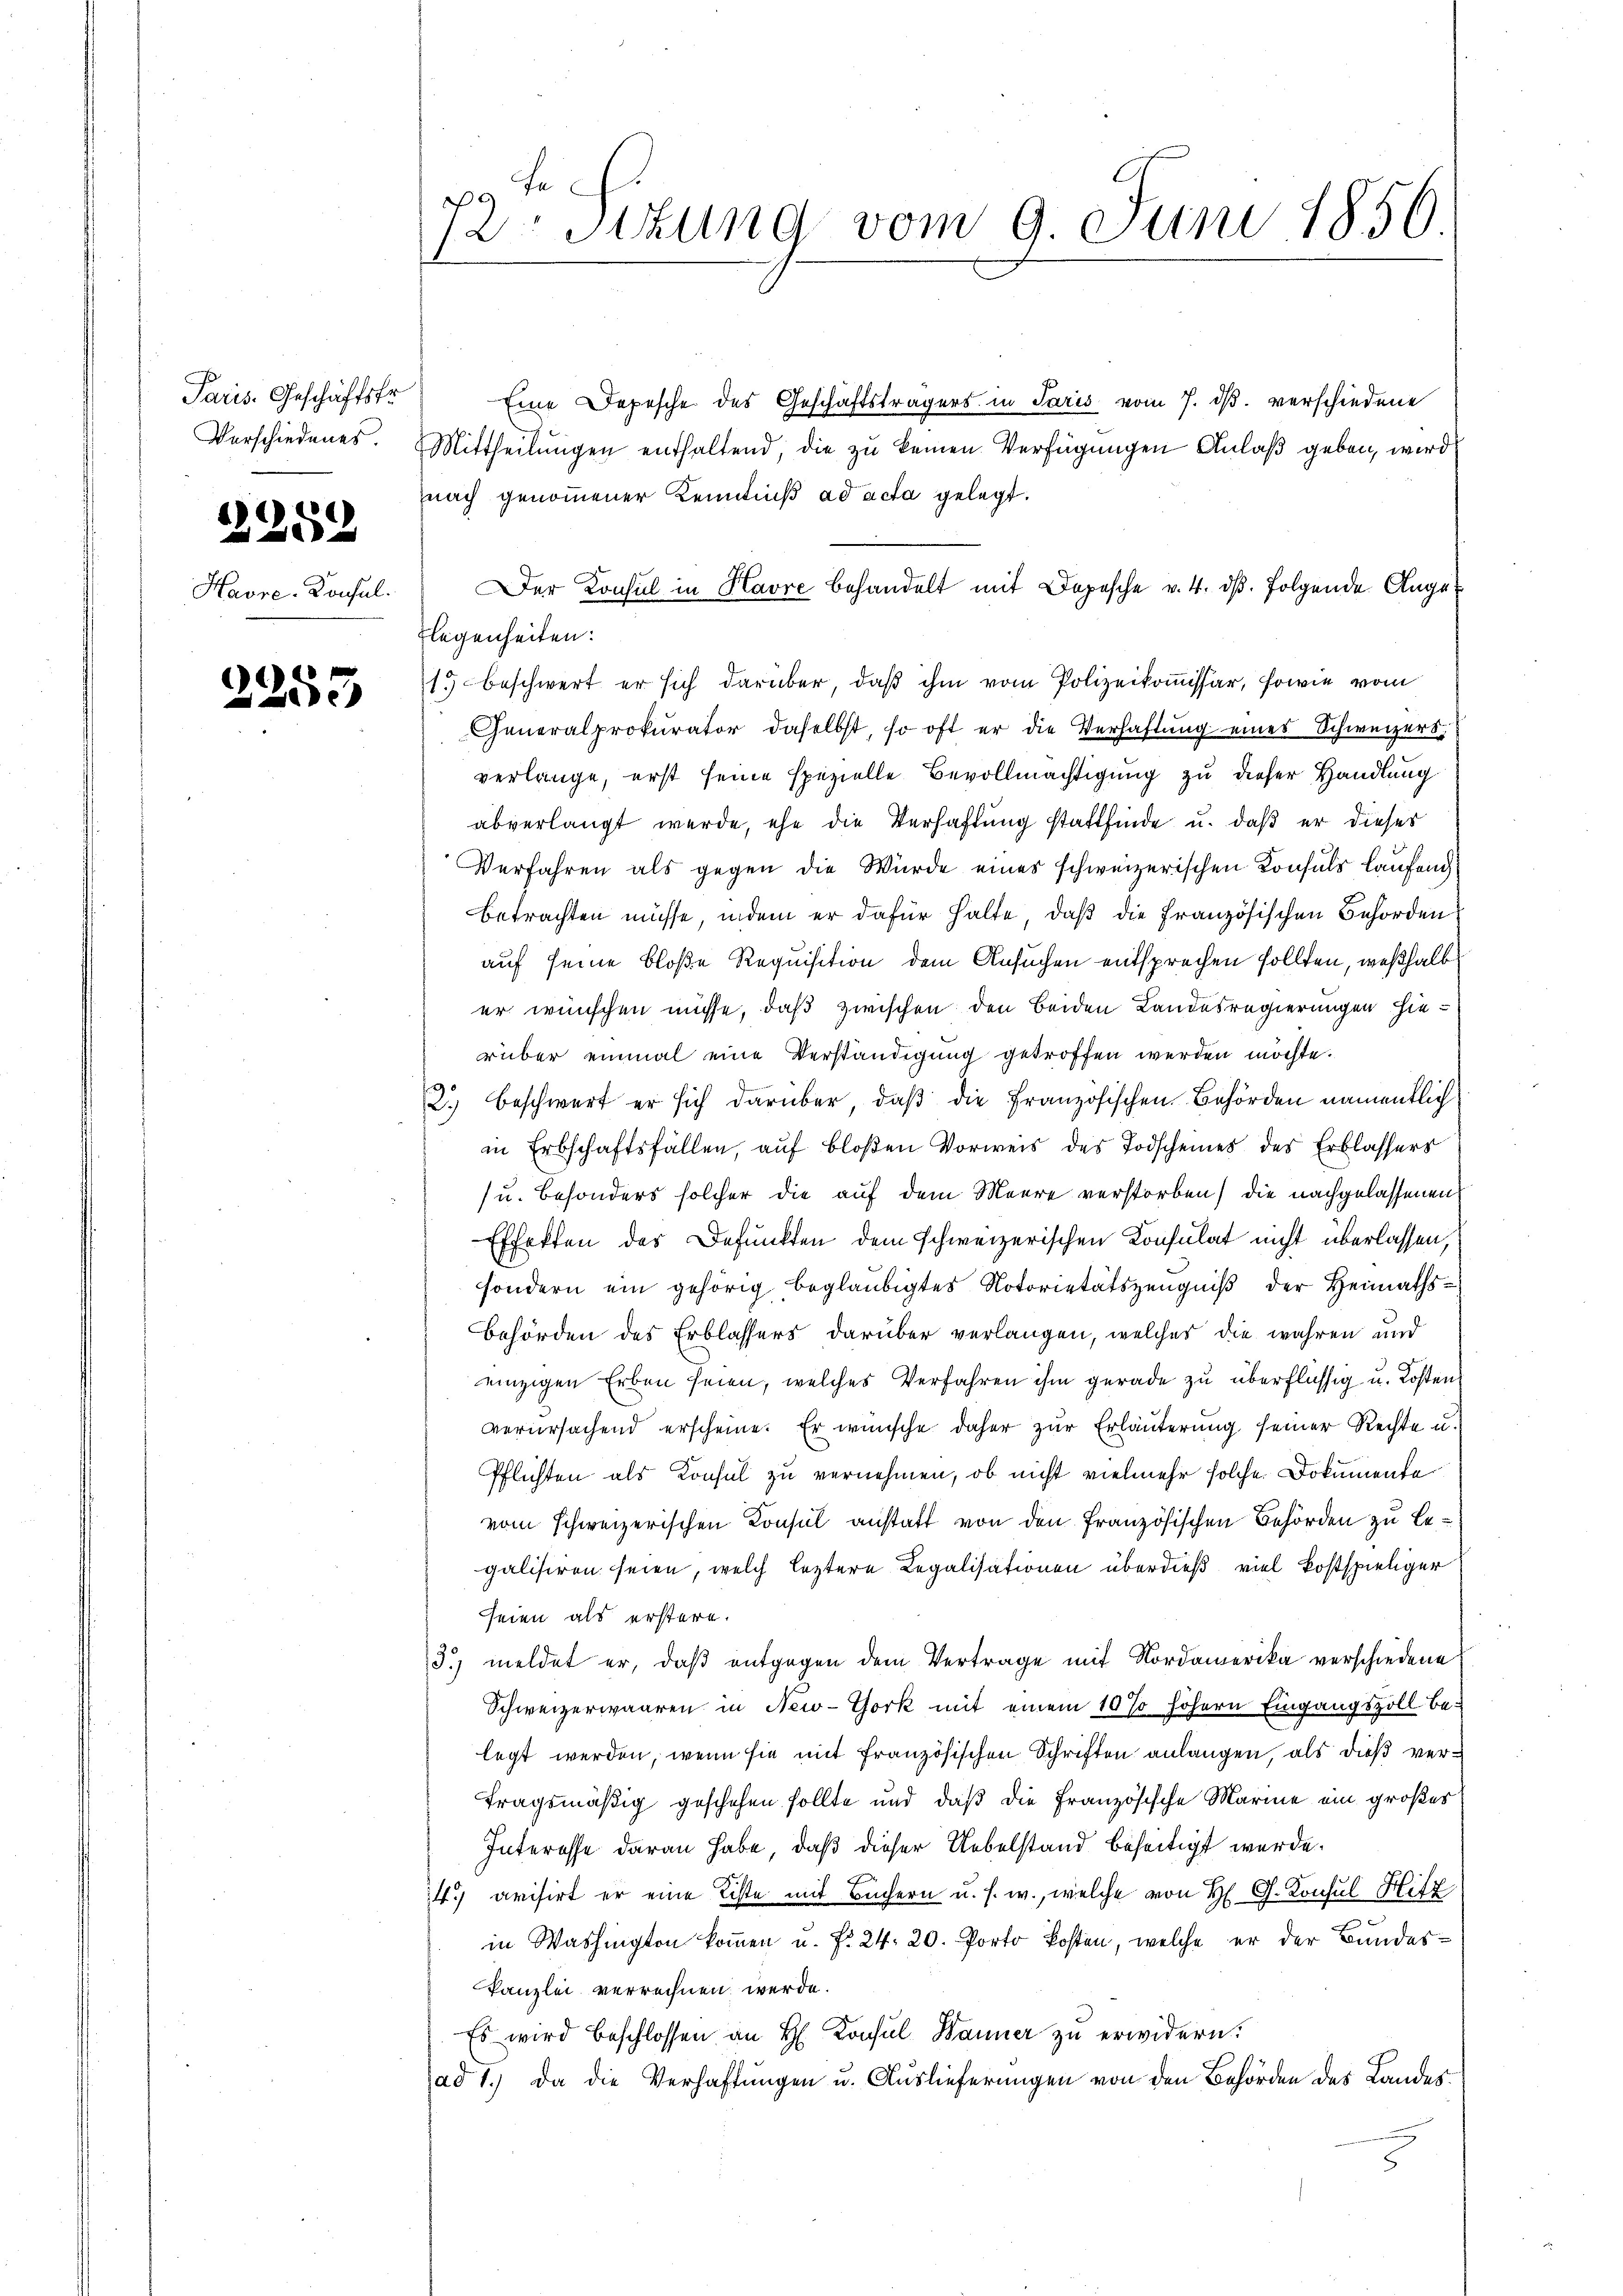
Paris. Geschäftsfr.

12252

Havre-Konsul

)
e

a
2r Sitzung vom 9. Juni 1856.

Eine Depesche des Geschäftsträgers in Paris vom 7. ds. verschiedene
Verschiedenes. Mittheilŭngen enthaltend, die zu keinen Verfügungen Anlaß geben, wird
nach genommener Kenntniß ad acta gelegt.
Der Konsul in Havre behandelt mit Depesche v. 4. dβ. folgende Ange¬
Flegenheiten:
15 beschwert er sich darüber, daß ihm vom Polizeikommissar, sowie vom
Generalprokurator daselbst, so oft er die Verhaftung eines Schweizers
verlange, erst seine spezielle Bevollmächtigung zu dieser Handlung
abverlangt werde, ehe die Verhaftung stattfinde u. daß er dieses
Verfahren als gegen die Würde eines schweizerischen Konsuls Laufend
betrachten müsse, indem er dafür halte, daß die Französischen Behörden
auf seine bloße Requisition dem Ansuchen entsprechen sollten, weßhalb
er wünschen müsse, daß zwischen den beiden Landesregierungen hierüber einmal eine Verständigung getroffen werden möchte.
2
2.) Beschwert er sich darüber, daß die französischen Behörden namentlich
in Erbschaftsfällen, auf bloßen Vorweis des Todscheines des Erblassers
(u. Besonders solcher die auf dem Meere verstorben) die nachgelassenen
Effekten des Defunkten dem schweizerischen Konsulat nicht überlassen,
sondern ein gehörig beglaubigtes Notorietätszeugniß der Heimaths¬
Behörden des Erblassers darüber verlangen, welches die wahren und
einzigen Erben seien, welches Verfahren ihm gerade zu überflüssig u. Kosten
verursachend erscheine. Er wünsche daher zŭr Erläuterung seiner Rechte u.
Pflichten als Konsul zu vernehmen, ob nicht vielmehr solche Dokumente
vom schweizerischen Konsul anstatt von den französischen Behörden zu begalisiren seien, welch leztere Legalisationen überdieß viel kostspieliger
seien als erstere.
3) meldet er, daß entgegen dem Vertrage mit Nordamerika verschiedene
Schweizerwaaren in New-York mit einem 10 % höhern Eingangszoll belegt werden, wenn sie mit französischen Schriften anlangen, als dieß vertragsmäßig geschehen sollte und daß die Französische Marine ein großes
Interesse daran habe, daß dieser Uebelstand beseitigt werde.
47 avisirt er eine Liste mit Büchern u. s. w., welche von H. G. Konsul Hitz
in Washington kommen u. f. 24. 20. Porto kosten, welche er der Bundeskanzlei verrechnen werde.
Es wird beschlossen an H. Konsul Wanner zu erwidern.
ad 1.) Da die Verhaftungen u. Auslieferungen von den Behörden des Landes¬